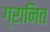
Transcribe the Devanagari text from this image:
ग्रानित